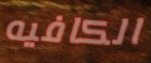
الكافيه